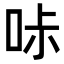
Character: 𠱙